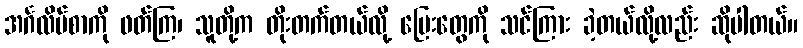
အင်္ဂလိပ်စာကို ဖတ်ကြ၊ သူတို့က တိုးတက်တယ်လို့ မြေးတွေကို သင်ကြား ခဲ့တယ်လို့လည်း ဆိုပါတယ်။